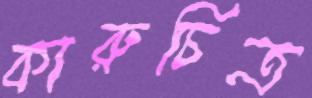
কারুচিত্র